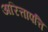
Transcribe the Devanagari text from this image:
अरित्तापत्ति